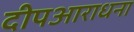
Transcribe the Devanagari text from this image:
दीपआराधना